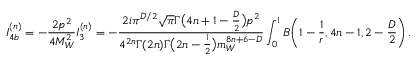
I _ { 4 b } ^ { ( n ) } = - \frac { 2 p ^ { 2 } } { 4 M _ { W } ^ { 2 } } I _ { 3 } ^ { ( n ) } = - \frac { 2 i \pi ^ { D / 2 } \sqrt { \pi } \Gamma \big ( 4 n + 1 - \frac { D } { 2 } \big ) p ^ { 2 } } { 4 ^ { 2 n } \Gamma ( 2 n ) \Gamma \big ( 2 n - \frac { 1 } { 2 } \big ) m _ { W } ^ { 8 n + 6 - D } } \int _ { 0 } ^ { 1 } B \bigg ( 1 - \frac { 1 } { r } , 4 n - 1 , 2 - \frac { D } { 2 } \bigg ) \, .